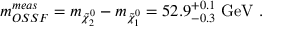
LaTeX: m _ { O S S F } ^ { m e a s } = m _ { \tilde { \chi } _ { 2 } ^ { 0 } } - m _ { \tilde { \chi } _ { 1 } ^ { 0 } } = 5 2 . 9 _ { - 0 . 3 } ^ { + 0 . 1 } \mathrm { \ G e V ~ . }